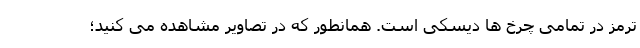
ترمز در تمامی چرخ ها دیسکی است. همانطور که در تصاویر مشاهده می کنید؛